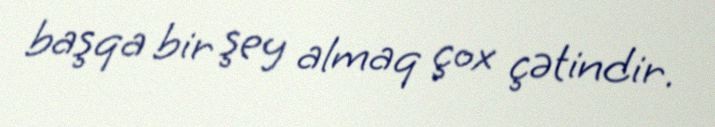
başqa bir şey almaq çox çətindir.